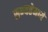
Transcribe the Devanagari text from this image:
सभ्यतेमध्ये